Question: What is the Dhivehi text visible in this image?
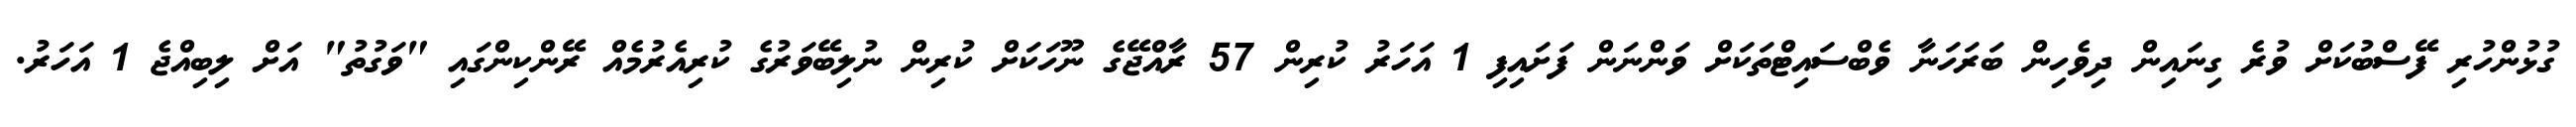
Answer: ގުޅުންހުރި ފޭސްބުކަށް ވުރެ ގިނައިން ދިވެހިން ބަރަހަނާ ވެބްސައިޓްތަކަށް ވަންނަން ފަށައިފި 1 އަހަރު ކުރިން 57 ރާއްޖޭގެ ނޫހަކަށް ކުރިން ނުލިބޭވަރުގެ ކުރިއެރުމެއް ރޭންކިންގައި "ވަގުތު" އަށް ލިބިއްޖެ 1 އަހަރު.